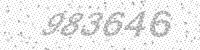
Solution: 983646